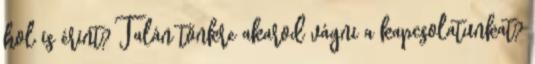
hol is érint? Talán tönkre akarod vágni a kapcsolatunkat?